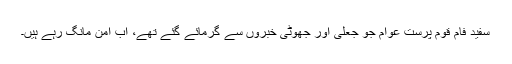
سفید فام قوم پرست عوام جو جعلی اور جھوٹی خبروں سے گرمائے گئے تھے، اب امن مانگ رہے ہیں۔